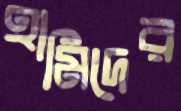
হামিদের